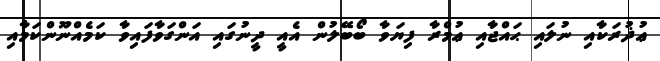
ޢުޛުރަކާއި ނުލައި ޙައްޖާއި ޢުމްރާ ފިޔަވާ ބޯބޭލުން އެއީ ދީނުގައި އަންގަވާފައިވާ ކަމެއްނޫންކަމާއި